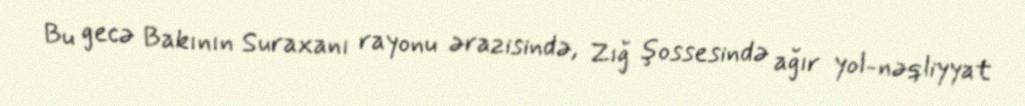
Bu gecə Bakının Suraxanı rayonu ərazisində, Zığ şossesində ağır yol-nəqliyyat